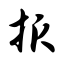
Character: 报